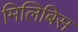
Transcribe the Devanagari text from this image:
मिलिबिस